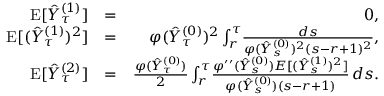
\begin{array} { r l r } { \mathrm { E } [ \hat { Y } _ { \tau } ^ { ( 1 ) } ] } & { = } & { 0 , } \\ { \mathrm { E } [ ( \hat { Y } _ { \tau } ^ { ( 1 ) } ) ^ { 2 } ] } & { = } & { \varphi ( \hat { Y } _ { \tau } ^ { ( 0 ) } ) ^ { 2 } \int _ { r } ^ { \tau } \! \frac { d s } { \varphi ( \hat { Y } _ { s } ^ { ( 0 ) } ) ^ { 2 } ( s - r + 1 ) ^ { 2 } } , } \\ { \mathrm { E } [ \hat { Y } _ { \tau } ^ { ( 2 ) } ] } & { = } & { \frac { \varphi ( \hat { Y } _ { \tau } ^ { ( 0 ) } ) } { 2 } \int _ { r } ^ { \tau } \! \frac { \varphi ^ { \prime \prime } ( \hat { Y } _ { s } ^ { ( 0 ) } ) E [ ( \hat { Y } _ { s } ^ { ( 1 ) } ) ^ { 2 } ] } { \varphi ( \hat { Y } _ { s } ^ { ( 0 ) } ) ( s - r + 1 ) } \, d s . } \end{array}